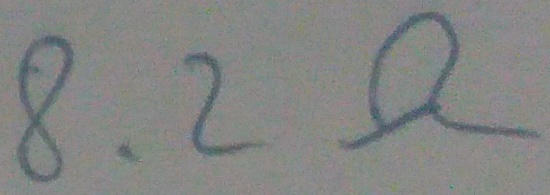
Text: 8.2Ω